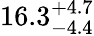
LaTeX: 16.3_{-4.4}^{+4.7}